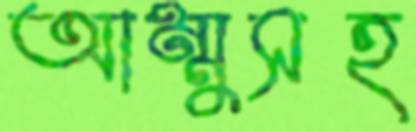
আম্মুসহ